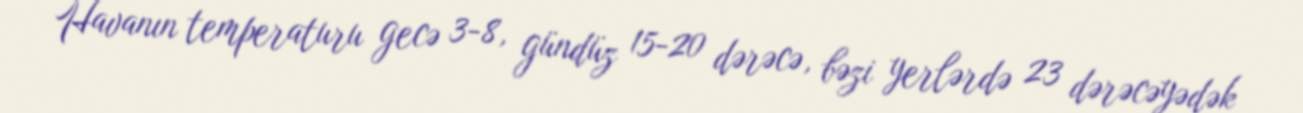
Havanın temperaturu gecə 3-8, gündüz 15-20 dərəcə, bəzi yerlərdə 23 dərəcəyədək